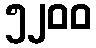
၅၂၀၀